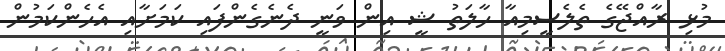
މުޅި ރާއްޖޭގެ ތެލެސީމިއާ ހާލަތު ޝީ އިން ވަނީ ދެނެގެންފައި ކަމަށާއި އެހެންކަމުން